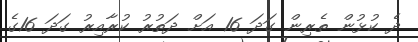
ދެ ކުޅުން ތެރިން ގަދަ 16 އަށް ދަތުރު ކުރާއިރު ގަދަ 16ގެ